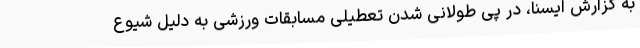
به گزارش ایسنا، در پی طولانی شدن تعطیلی مسابقات ورزشی به دلیل شیوع